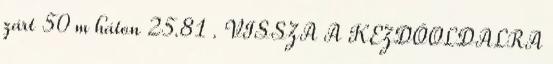
zárt 50 m háton 25.81 . VISSZA A KEZDŐOLDALRA